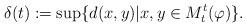
LaTeX: \begin{align*} \delta(t):=\sup\{d(x,y) | x,y\in M_t^t(\varphi)\}. \end{align*}